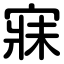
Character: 寐